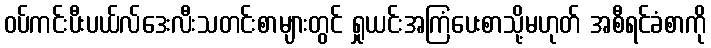
ဝပ်ကင်းပီးပယ်လ်ဒေးလီးသတင်းစာများတွင် ရှုယင်းအကြံပေးစာသို့မဟုတ် အစီရင်ခံစာကို